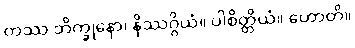
တဿ ဘိက္ခုနော၊ နိဿဂ္ဂိယံ။ ပါစိတ္တိယံ။ ဟောတိ။